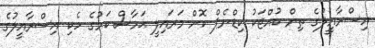
އިސްރާއީލުގެ ތިން ކުއްޖަކު ކިޑްނެޕް ކޮށް މަރައިލީ ޙަމާސް ކަމުގެ ހެކި އިސްރާއީލުގެ